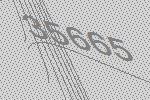
35665